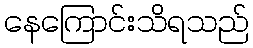
နေကြောင်းသိရသည်